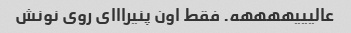
عالیییههههه. فقط اون پنیرااای روی نونش